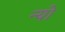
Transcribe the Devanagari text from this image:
न्यो